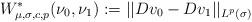
LaTeX: \begin{align*}W^*_{\mu, \sigma,c, p}(\nu_0,\nu_1):=|| D v_0- D v_1 ||_{L^p(\sigma)}\end{align*}